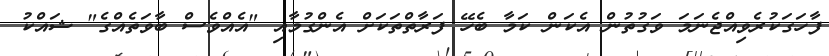
ފާހަގަކުރެވިއްޖެނަމަ ވަގުތުން އެކަން ކަމާ ބެހޭ ފަރާތްތަކަށް އެންގުމާއި "އެއްވެސް ބާވަތެއްގެ" ޝައްކު